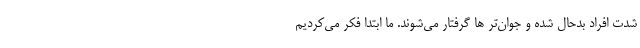
شدت افراد بدحال شده و جوان‌تر ها گرفتار می‌شوند. ما ابتدا فکر می‌کردیم